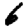
Digit: 6